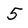
Character: 5